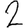
Digit: 2